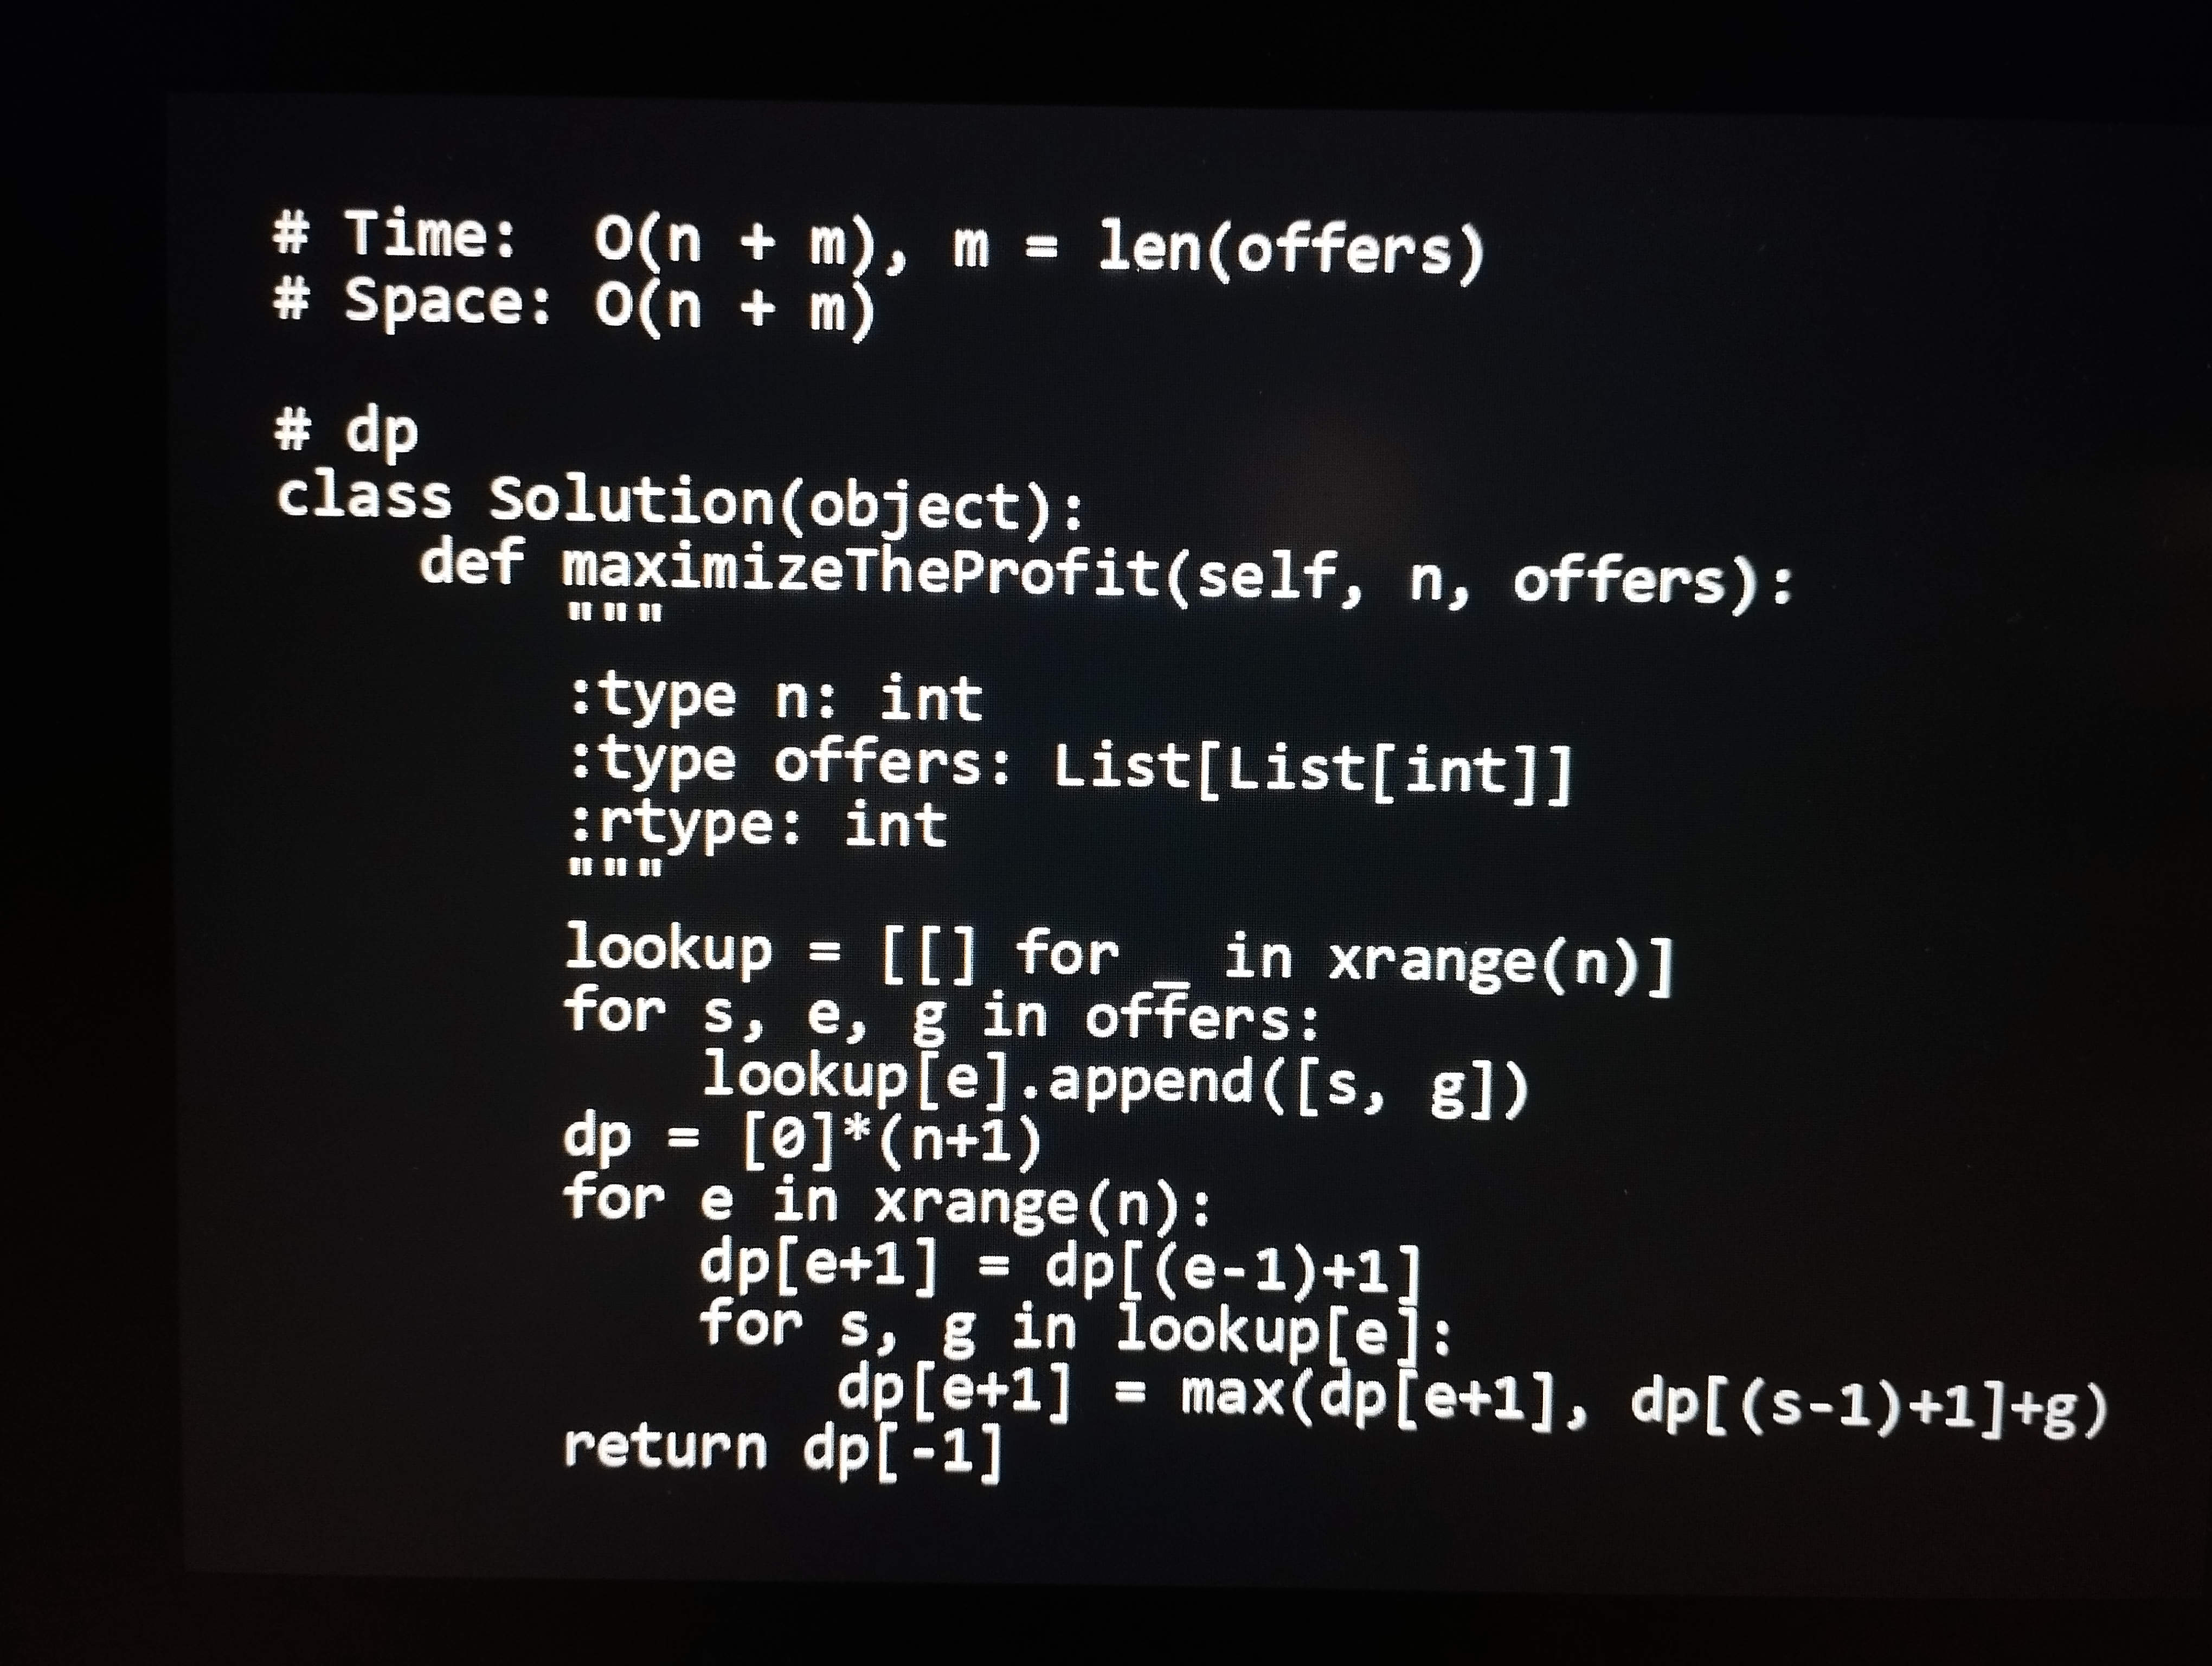
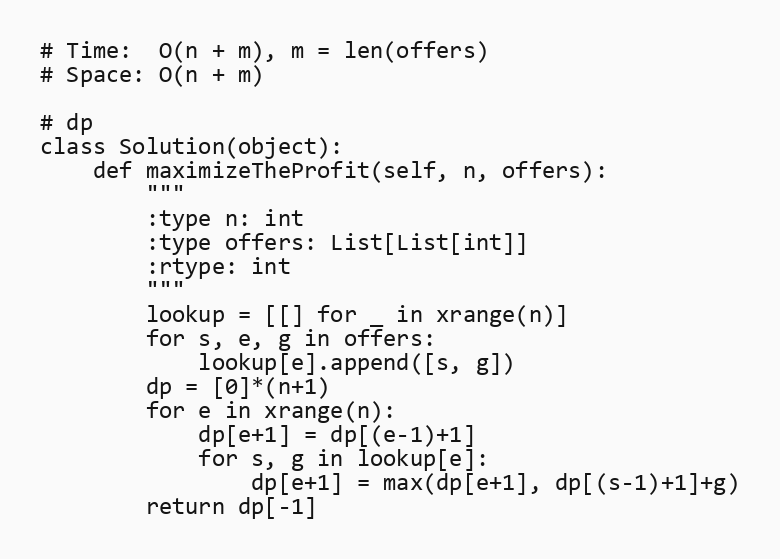
# Time:  O(n + m), m = len(offers)
# Space: O(n + m)

# dp
class Solution(object):
    def maximizeTheProfit(self, n, offers):
        """
        :type n: int
        :type offers: List[List[int]]
        :rtype: int
        """
        lookup = [[] for _ in xrange(n)]
        for s, e, g in offers:
            lookup[e].append([s, g])
        dp = [0]*(n+1)
        for e in xrange(n):
            dp[e+1] = dp[(e-1)+1]
            for s, g in lookup[e]:
                dp[e+1] = max(dp[e+1], dp[(s-1)+1]+g)
        return dp[-1]